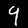
Label: 9